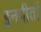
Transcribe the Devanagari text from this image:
इनगीतों